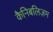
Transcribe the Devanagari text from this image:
कैनिबलिज़म